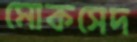
মোকসেদ